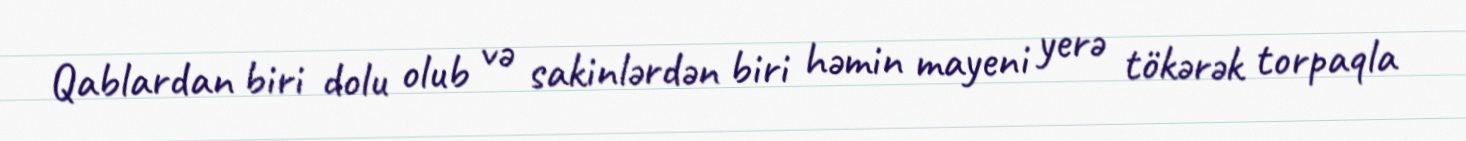
Qablardan biri dolu olub və sakinlərdən biri həmin mayeni yerə tökərək torpaqla